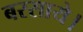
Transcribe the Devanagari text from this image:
बरसाये।